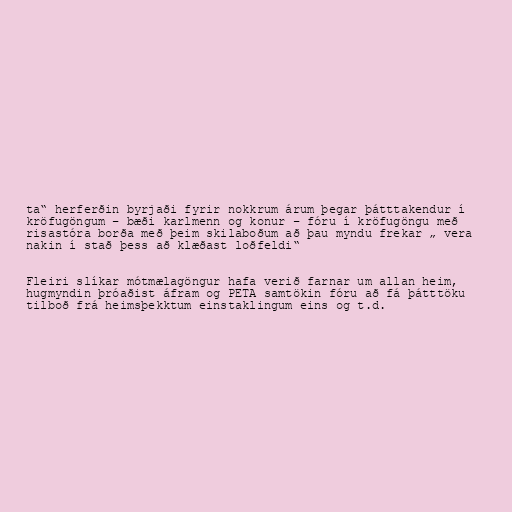
ta“ herferðin byrjaði fyrir nokkrum árum þegar þátttakendur í
kröfugöngum – bæði karlmenn og konur – fóru í kröfugöngu með
risastóra borða með þeim skilaboðum að þau myndu frekar „ vera
nakin í stað þess að klæðast loðfeldi“

Fleiri slíkar mótmælagöngur hafa verið farnar um allan heim,
hugmyndin þróaðist áfram og PETA samtökin fóru að fá þátttöku
tilboð frá heimsþekktum einstaklingum eins og t.d.